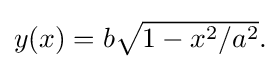
{\textstyle y(x)=b{\sqrt {1-x^{2}/a^{2}}}.}